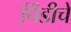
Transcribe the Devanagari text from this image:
पिंडीचे